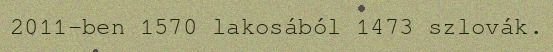
2011-ben 1570 lakosából 1473 szlovák.